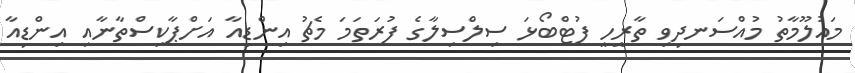
މައުލޫމާތު މުއްސަނދިވި ތާރީހީ ފުޓްބޯޅަ ސިލްސިލާގެ ފުރަތަމަ މެޗު އިންޑިއާ އަށްޕާކިސްތާނާއި އިންޑިއާ